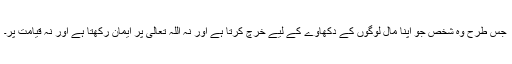
جس طرح وہ شخص جو اپنا مال لوگوں کے دکھاوے کے لیے خرچ کرتا ہے اور نہ اللہ تعالیٰ پر ایمان رکھتا ہے اور نہ قیامت پر۔